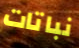
نباتات